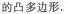
的凸多边形.